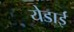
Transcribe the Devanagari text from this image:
येडाई